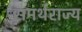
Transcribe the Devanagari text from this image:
समर्थराज्य